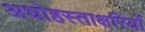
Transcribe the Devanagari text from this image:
अधोहस्ताक्षरियों